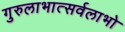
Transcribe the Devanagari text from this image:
गुरुलाभात्सर्वलाभो